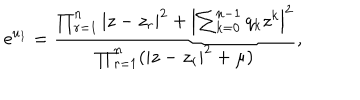
LaTeX: \mathrm { e } ^ { u _ { 1 } } = { \frac { \prod _ { r = 1 } ^ { n } | z - z _ { r } | ^ { 2 } + \left| \sum _ { k = 0 } ^ { n - 1 } q _ { k } z ^ { k } \right| ^ { 2 } } { \prod _ { r = 1 } ^ { n } ( | z - z _ { r } | ^ { 2 } + \mu ) } } ,